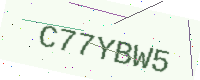
Text: C77YBW5